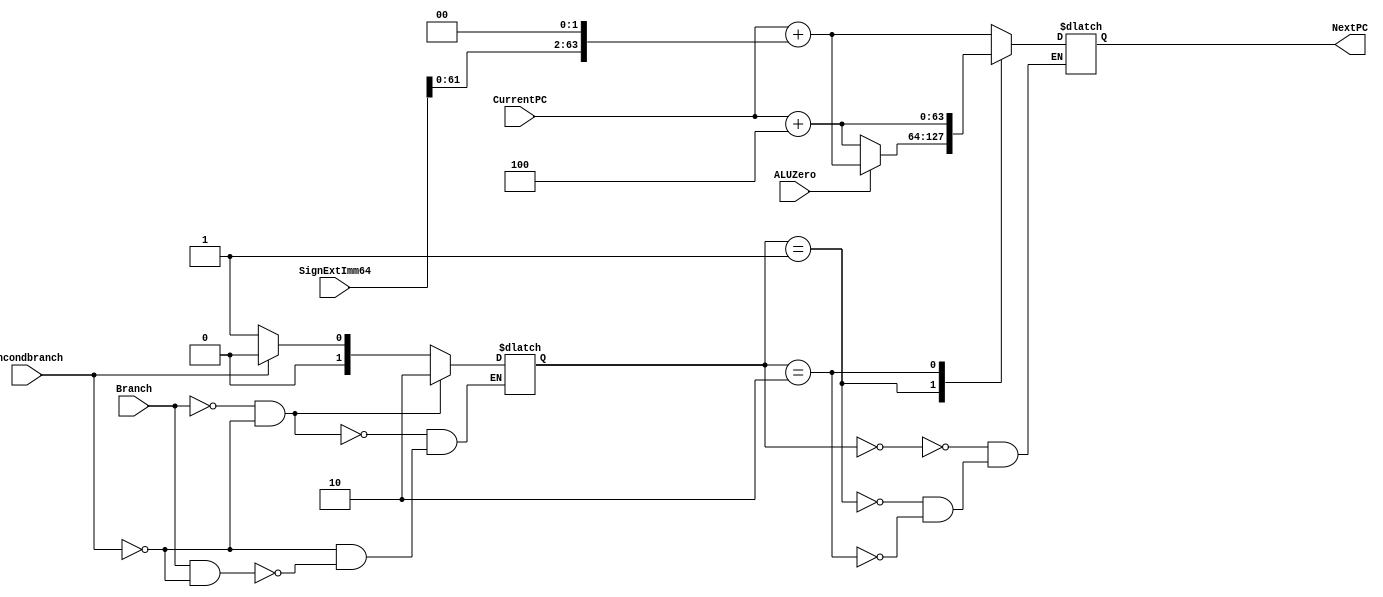
module NextPClogic(NextPC, CurrentPC, SignExtImm64, Branch, ALUZero, Uncondbranch); 
       input [63:0] CurrentPC, SignExtImm64; 
       input Branch, ALUZero, Uncondbranch; 
       output [63:0] NextPC; 
              
       
       reg [63:0] NextPC;
     reg [63:0] tempVal;
       // establish cases
       // default (0) if b = 0 and ub = 0
       // b (1) if b = 1 and ub = 0
       // cb (2) if b = 0 and ub = 1
       // defaultv2 (3) if b = 1 and ub = 1
       reg [1:0] tempValTwo;
  always@(Branch or Uncondbranch)
       begin
            if(Branch == 1 && Uncondbranch == 0)
                tempValTwo = 2'b01; // conditional branch
         if(Uncondbranch == 1)
                tempValTwo = 2'b00; // unconditional branch
         if(Branch == 0 && Uncondbranch == 0)
                tempValTwo = 2'b10;
       end
  
  
       parameter a_branch = 2'b00,
                 b_cb = 2'b01,
                 c_default = 2'b10;
  
              
       always@(*)begin
            case(tempValTwo)
              
            a_branch: // B case
                begin
                  tempVal = SignExtImm64[63:0] << 2;
                  NextPC <= #3 CurrentPC + tempVal;
                end
              
            b_cb: // CB case
                begin
                  if(ALUZero == 1) // if B and Zero are true
                    begin
                      tempVal = SignExtImm64 << 2;
                      NextPC <= #3 CurrentPC + tempVal;
                    end
                  if(ALUZero == 0)
                      NextPC <= #3 CurrentPC +4;
                end
              
            c_default:
              begin // for default case
                  NextPC <= #3 CurrentPC +4;
              end
            endcase
       end   
endmodule